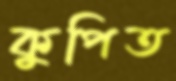
কুপিত